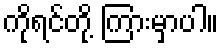
ကိုရင်တို့ ကြားမှာပါ။